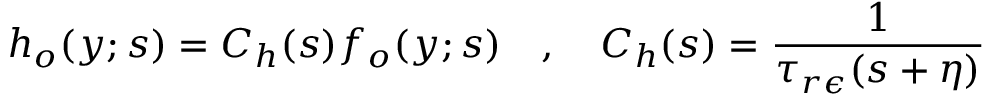
h _ { o } ( y ; s ) = C _ { h } ( s ) f _ { o } ( y ; s ) \quad , \quad C _ { h } ( s ) = \frac { 1 } { \tau _ { r \epsilon } ( s + \eta ) }